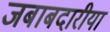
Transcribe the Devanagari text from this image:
जबाबदारीया